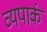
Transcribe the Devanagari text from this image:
व्यपार्क